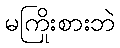
မကြိုးစားဘဲ